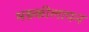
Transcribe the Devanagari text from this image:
भड़कीलापन